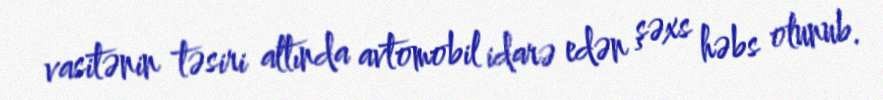
vasitənin təsiri altında avtomobil idarə edən şəxs həbs olunub.